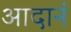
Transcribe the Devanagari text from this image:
आदानं